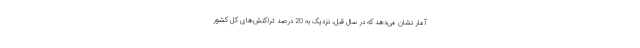
آمار نشان می‌دهد که در سال قبل، نزدیک به 20 درصد تراکنش‌های کل کشور